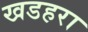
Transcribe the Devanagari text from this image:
खडहरा